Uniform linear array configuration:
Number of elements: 48
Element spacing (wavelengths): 0.75
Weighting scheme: uniform
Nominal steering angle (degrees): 60
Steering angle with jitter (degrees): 58.195
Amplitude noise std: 0.05
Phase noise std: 0.05

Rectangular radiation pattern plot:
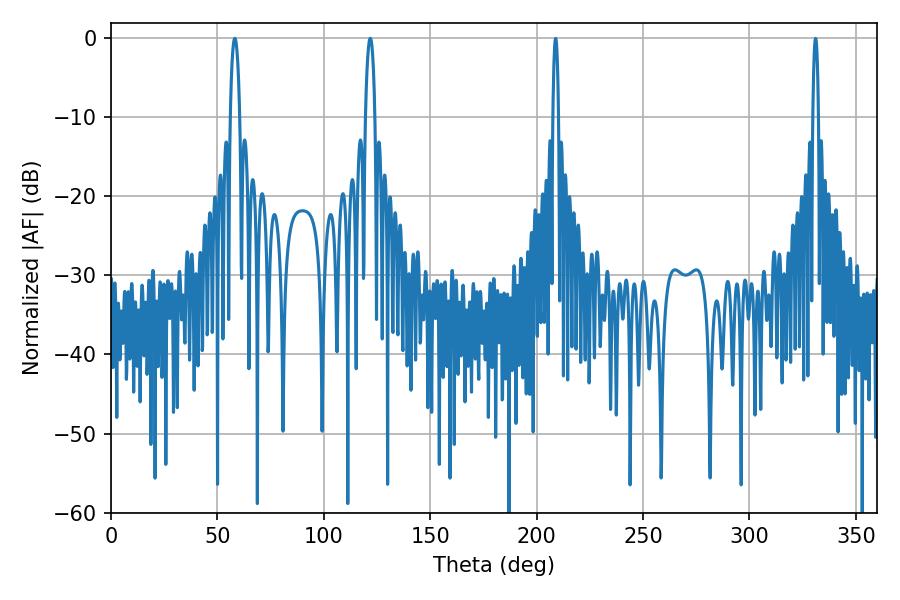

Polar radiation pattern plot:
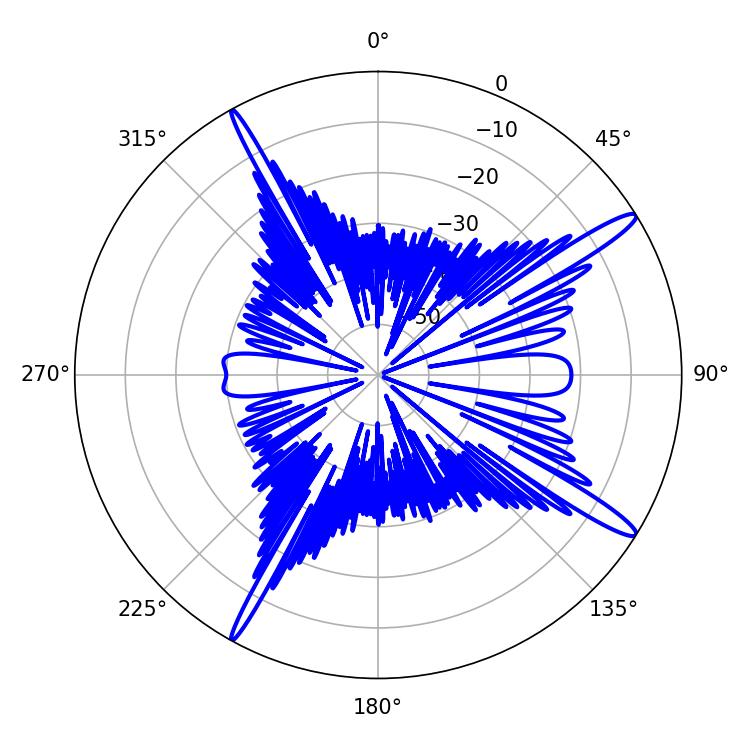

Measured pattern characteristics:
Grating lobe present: TRUE
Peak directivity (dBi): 15.28
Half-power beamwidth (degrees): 2.52
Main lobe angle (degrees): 58.14